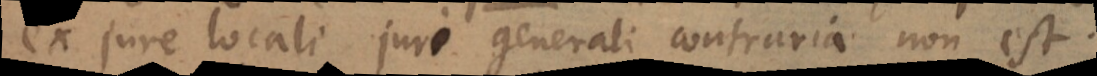
ex jure locali juri generali contraria non est.